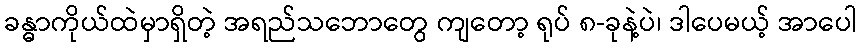
ခန္ဓာကိုယ်ထဲမှာရှိတဲ့ အရည်သဘောတွေ ကျတော့ ရုပ် ၈-ခုနဲ့ပဲ၊ ဒါပေမယ့် အာပေါ